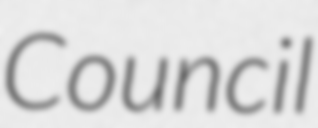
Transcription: Council